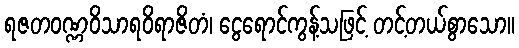
ရဇတဝဏ္ဏဝိသာရဝိရာဇိတံ၊ ငွေရောင်ကွန့်သဖြင့် တင့်တယ်စွာသော။